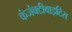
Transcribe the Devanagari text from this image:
कंजंक्टीवाइटिस